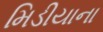
મિડીયાના